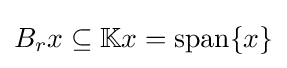
B_{r}x\subseteq \mathbb {K} x=\operatorname {span} \{x\}